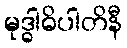
မုဒ္ဓါဓိပါတိနီ